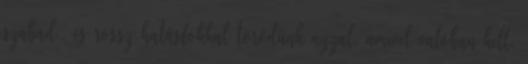
szabad., és rossz hatásfokkal törődünk azzal, amivel valóban kell.